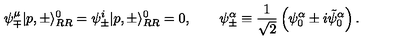
\psi _ { \mp } ^ { \mu } | p , \pm \rangle _ { R R } ^ { 0 } = \psi _ { \pm } ^ { i } | p , \pm \rangle _ { R R } ^ { 0 } = 0 , \qquad \psi _ { \pm } ^ { \alpha } \equiv { \frac { 1 } { \sqrt { 2 } } } \left( \psi _ { 0 } ^ { \alpha } \pm i \tilde { \psi } _ { 0 } ^ { \alpha } \right) .